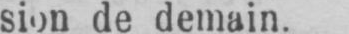
sion de demain.